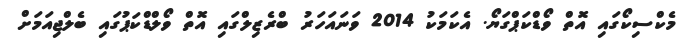
މެކްސިކޯގައި އޮތް ވޯޑްކަޕްގަޔޯ. އެކަމަކު 2014 ވަނައަހަރު ބްރެޒިލްގައި އޮތް ވޯލްޑްކަޕުގައި ބެލްޖިއަމަށް